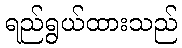
ရည်ရွယ်ထားသည်